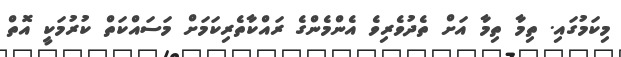
މިކަމުގައި. ތިމާ ތިމާ އަށް ތެދުވެރިވެ އެންމެންގެ ރައްކާތެރިކަމަށް މަސައްކަތް ކުރުމަކީ އޮތް